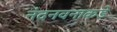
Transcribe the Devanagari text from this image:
नंदनवनाकडे